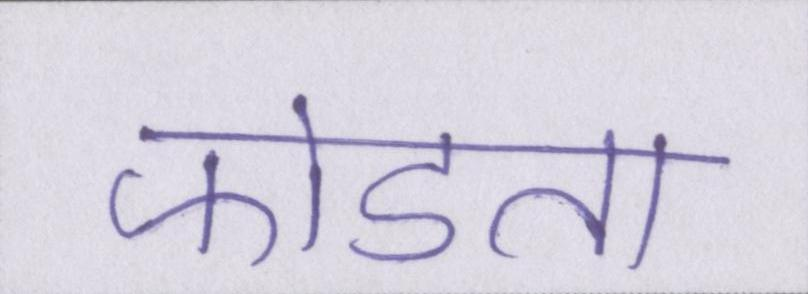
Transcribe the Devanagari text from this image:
फोडता